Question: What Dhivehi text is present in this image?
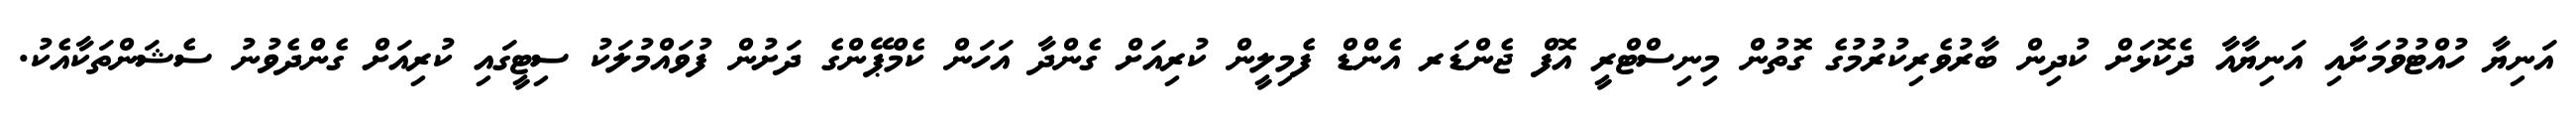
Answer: އަނިޔާ ހުއްޓުވުމަށާއި އަނިޔާއާ ދެކޮޅަށް ކުދިން ބާރުވެރިކުރުމުގެ ގޮތުން މިނިސްޓްރީ އޮފް ޖެންޑަރ އެންޑް ފެމިލީން ކުރިއަށް ގެންދާ އަހަން ކެމްޕޭންގެ ދަށުން ފުވައްމުލަކު ސިޓީގައި ކުރިއަށް ގެންދެވުނު ސެޝަންތަކާއެކު.